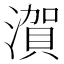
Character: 㵑